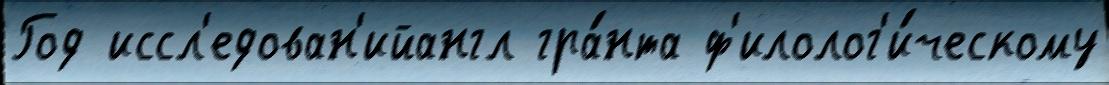
Год иссл'едован'ийангл гра́нта ф'илолог'и́ческому